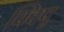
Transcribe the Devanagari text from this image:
क्विपू